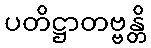
ပတိဋ္ဌာတဗ္ဗန္တိ